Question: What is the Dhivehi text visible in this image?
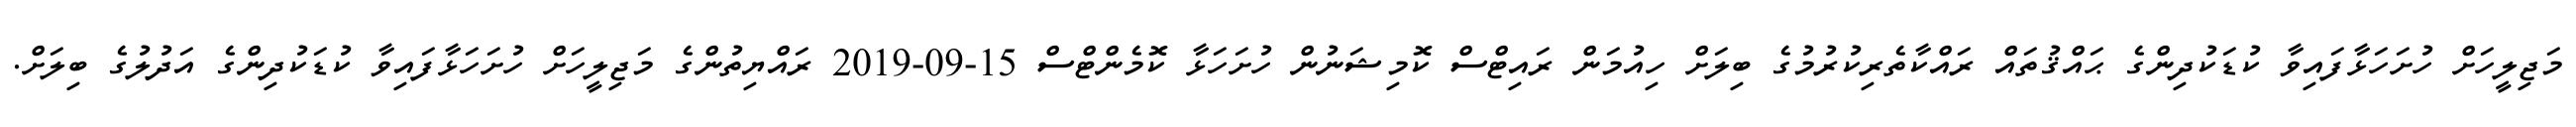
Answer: މަޖިލީހަށް ހުށަހަޅާފައިވާ ކުޑަކުދިންގެ ޙައްޤުތައް ރައްކާތެރިކުރުމުގެ ބިލަށް ހިއުމަން ރައިޓްސް ކޮމިޝަނުން ހުށަހަޅާ ކޮމެންޓްސް 15-09-2019 ރައްޔިތުންގެ މަޖިލީހަށް ހުށަހަޅާފައިވާ ކުޑަކުދިންގެ އަދުލުގެ ބިލަށް.